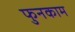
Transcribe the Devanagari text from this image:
फुनकाम